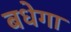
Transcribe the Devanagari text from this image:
बधेगा